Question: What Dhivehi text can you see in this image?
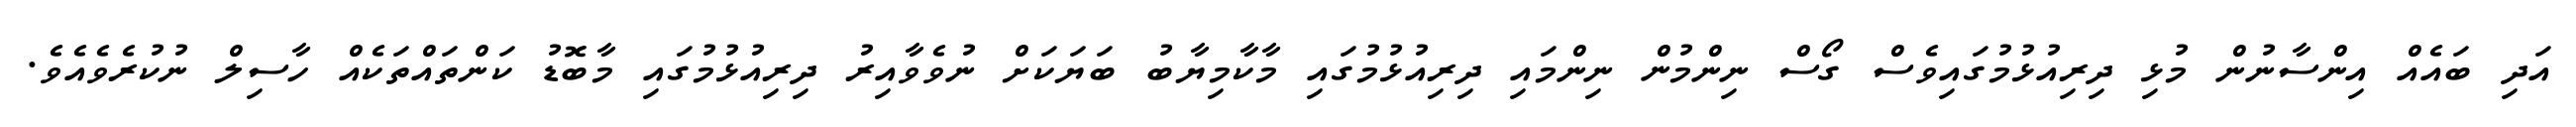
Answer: އަދި ބައެއް އިންސާނުން މުޅި ދިރިއުޅުމުގައިވެސް ގޯސް ނިންމުން ނިންމައި ދިރިއުޅުމުގައި މާކާމިޔާބު ބަޔަކަށް ނުވެވާއިރު ދިރިއުޅުމުގައި މާބޮޑު ކަންތައްތަކެއް ހާސިލް ނުކުރެވެއެވެ.